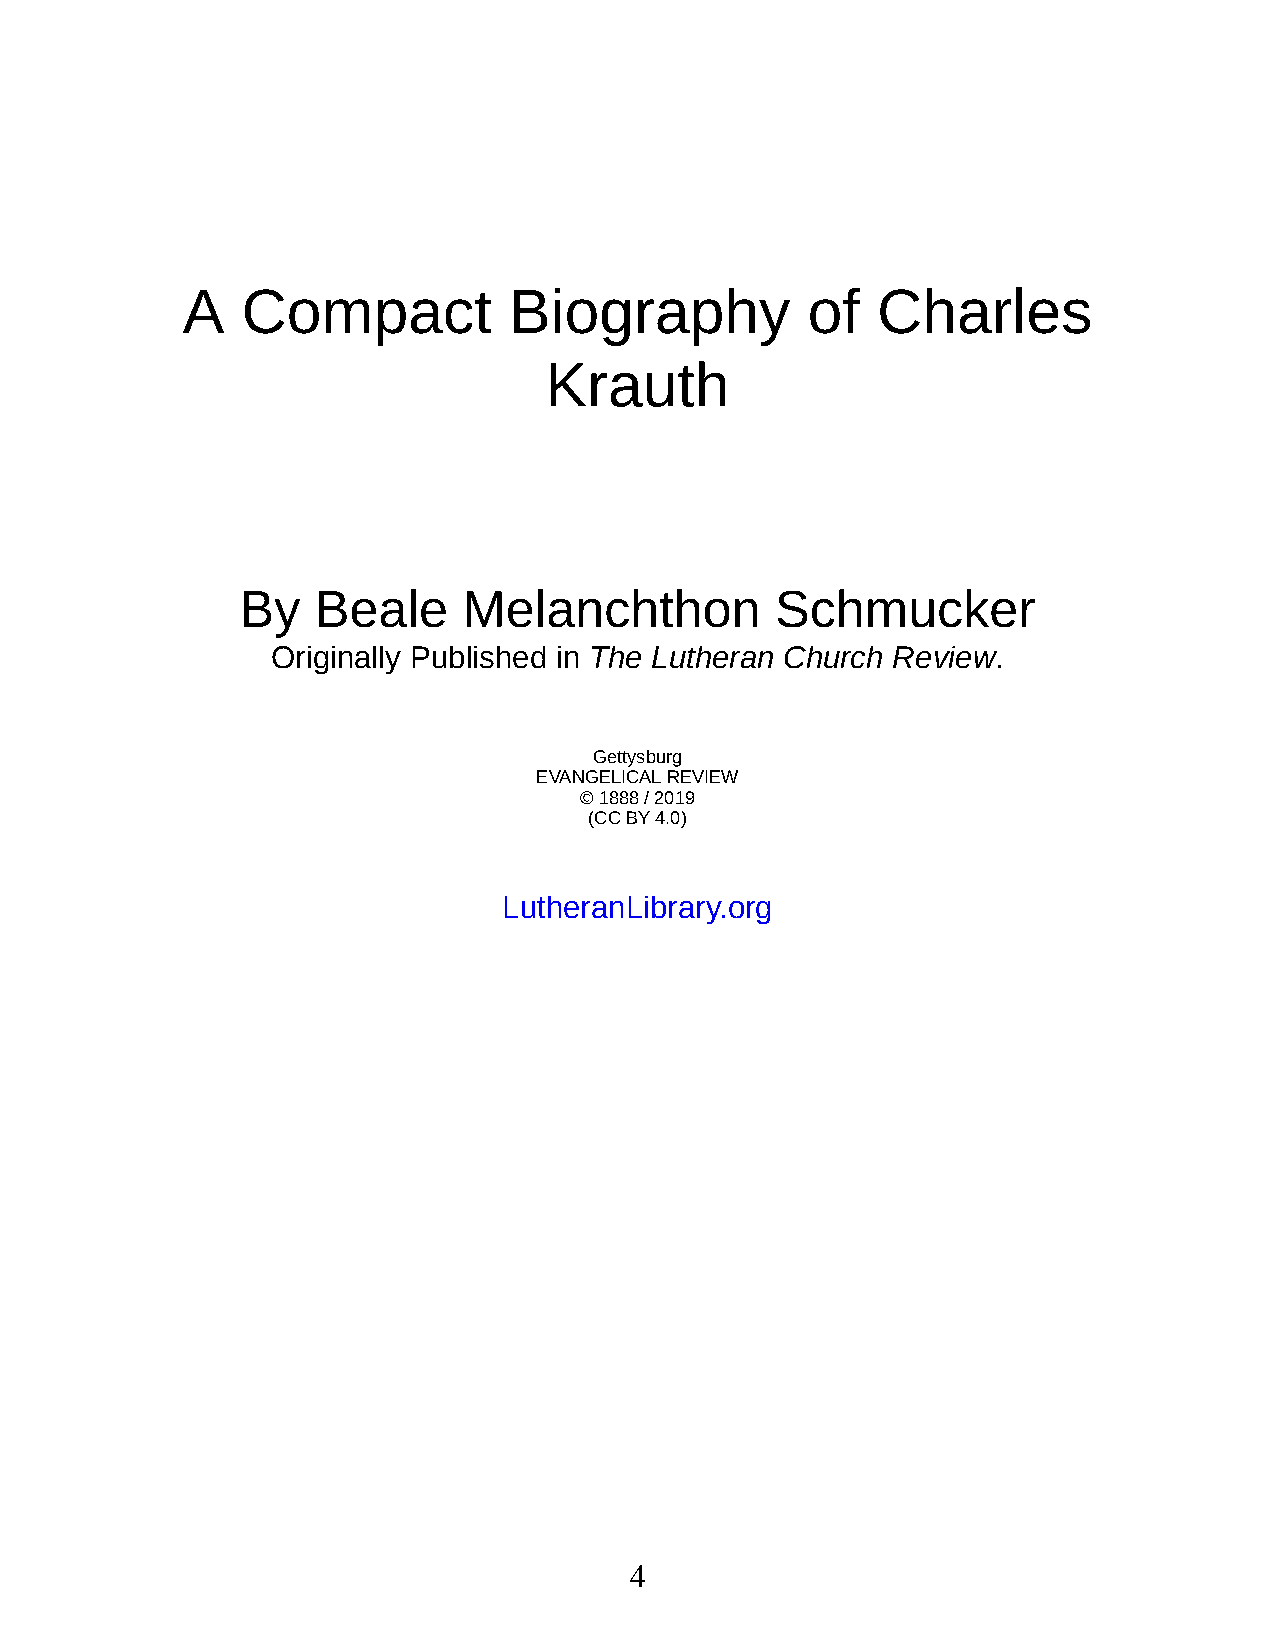
A   Com      pact     Bi og   ra  phy    of   Charles
 Krauth
 By   Beale     Melanchthon         Schmucker
 Origi nally Pub lished in The Lutheran Church Rev iew.
 Get tys burg
 EVAN GEL I CAL RE VIEW
 © 1888 / 2019
 (CC BY 4.0)
 Luthera n Li brary.org
 4